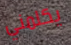
يكلمني